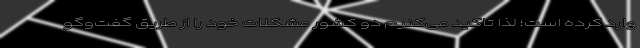
وارد کرده است؛ لذا تاکید می‌کنیم دو کشور مشکلات خود را از طریق گفت‌وگو